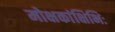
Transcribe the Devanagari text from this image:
मोक्षकांक्षिभिः